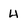
Character: 4